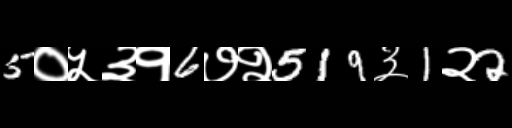
Text: 5०५३१6७२519३1२2